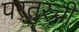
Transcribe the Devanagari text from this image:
परतुरची